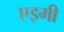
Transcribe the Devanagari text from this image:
एइमी